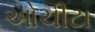
ઓચીટા